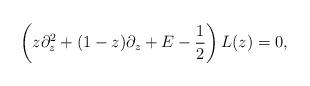
LaTeX: \begin{align*}\left( z\partial_z^2 + (1-z)\partial_z +E-{1\over 2} \right) L(z) = 0,\end{align*}